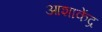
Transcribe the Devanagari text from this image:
आशाकेंद्र